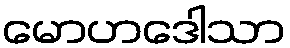
မောဟဒေါသာ